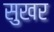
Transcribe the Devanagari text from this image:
सुखर